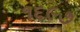
૧૬૯૭